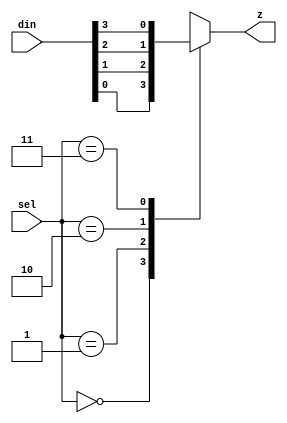
`timescale 1ns/1ns

module mux4_to_1(/*autoarg*/
   // Outputs
   z,
   // Inputs
   din, sel
   );
   input [3:0] din;
   input [1:0] sel;
   output  reg   z;

   always@(*)
     begin
	case(sel)
	  2'h0 : z = din[0];
	  2'h1 : z = din[1];
	  2'h2 : z = din[2];
	  2'h3 : z = din[3];
	  default : z = 1'h0;
	endcase // case (sel)
     end
endmodule // mux4_to_1
// Local Variable:
// verilog-library-directories:("~/Projects/fpgaProjects/iVerilog/design")
// End: